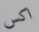
اكس